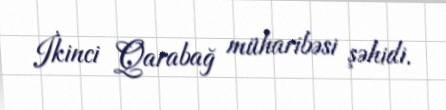
İkinci Qarabağ müharibəsi şəhidi.